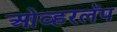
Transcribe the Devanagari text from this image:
ओव्हरलॅप